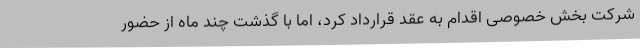
شرکت بخش خصوصی اقدام به عقد قرارداد کرد، اما با گذشت چند ماه از حضور